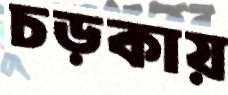
চড়কায়